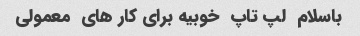
باسلام  لپ تاپ  خوبیه برای کار های  معمولی